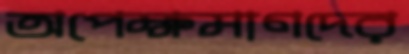
অপেক্ষমাণদের